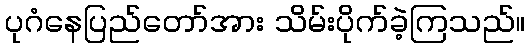
ပုဂံနေပြည်တော်အား သိမ်းပိုက်ခဲ့ကြသည်။